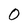
Character: 0